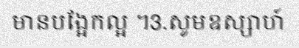
មានបង្អែកល្អ ។3.សូមឧស្សាហ៍